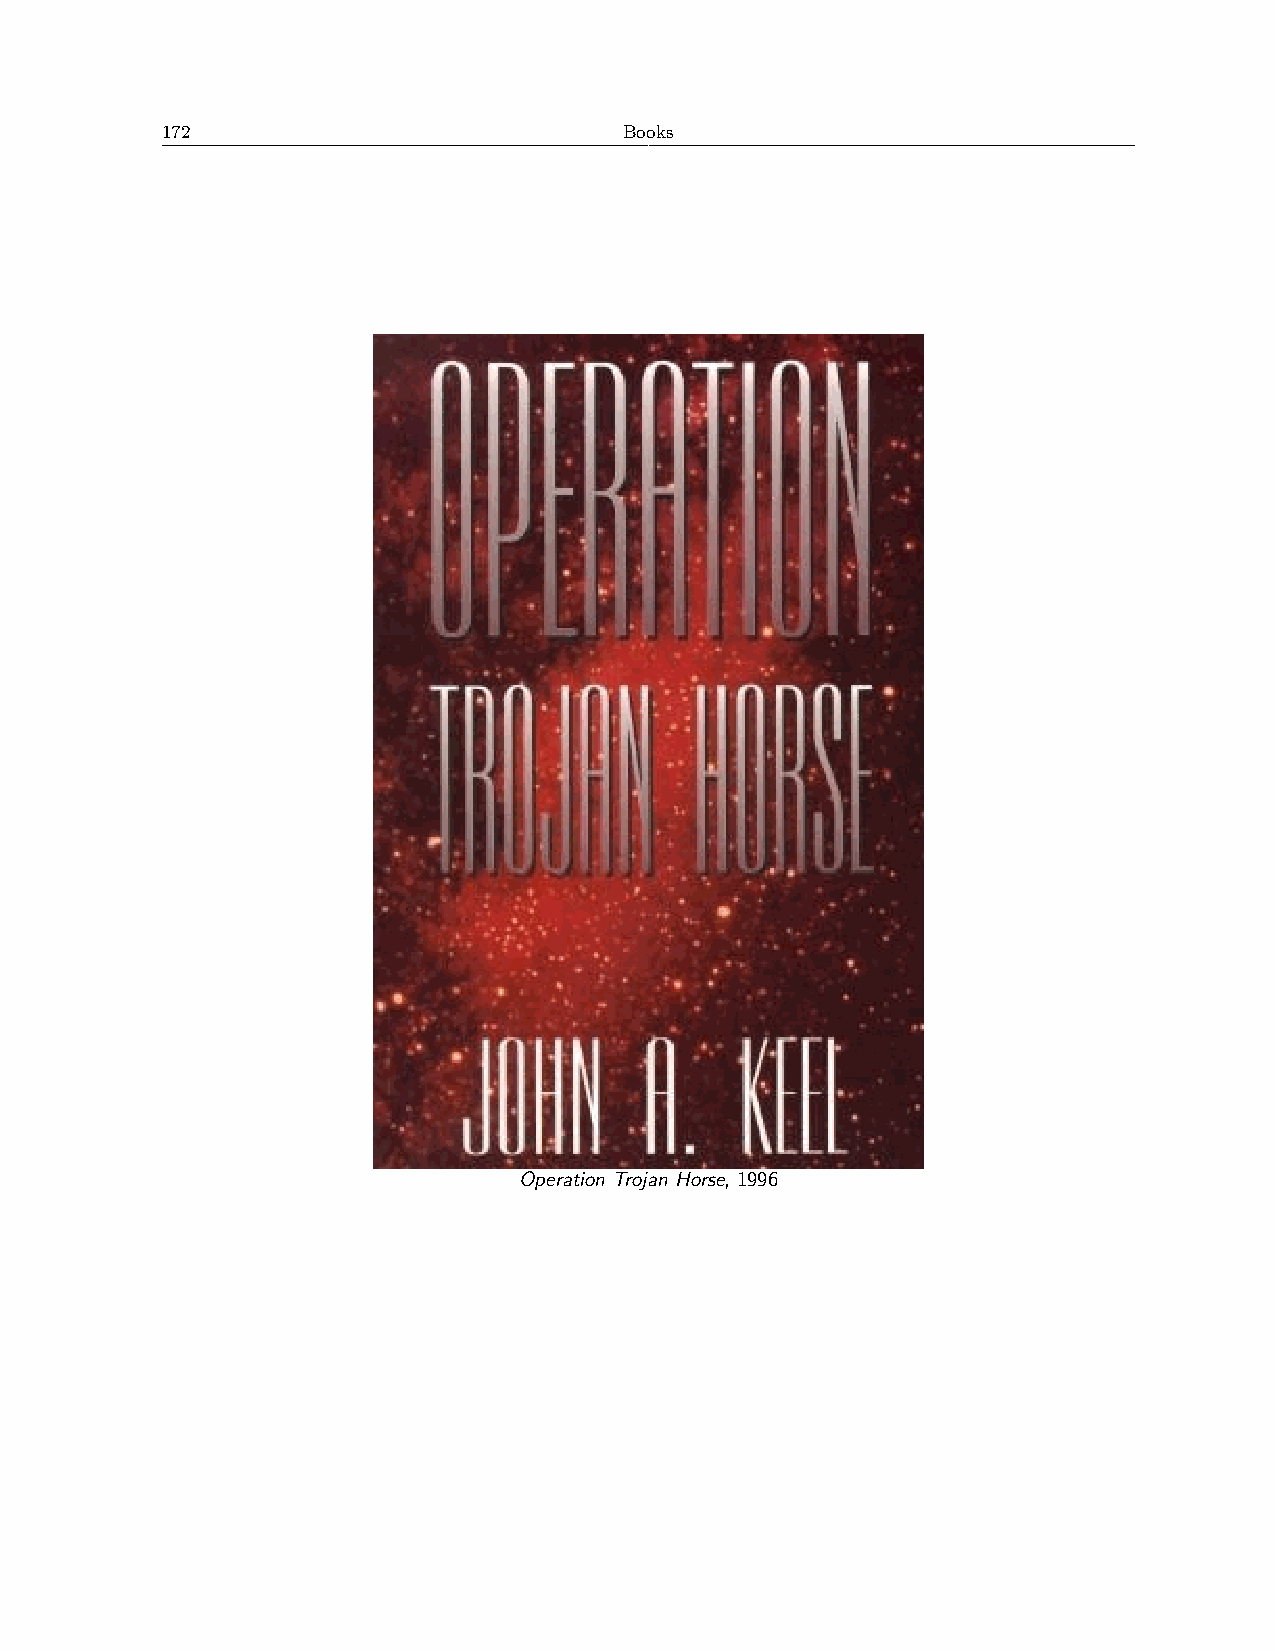
172                           Books
 Operation Trojan Horse, 1996